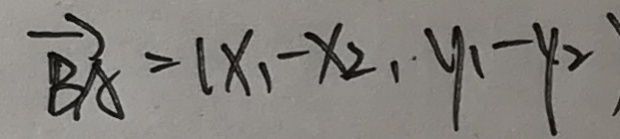
\overrightarrow { B A } = ( x _ { 1 } - x _ { 2 } , y _ { 1 } - y _ { 2 } )